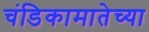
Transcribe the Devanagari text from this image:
चंडिकामातेच्या